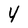
Character: 4